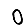
Digit: 0